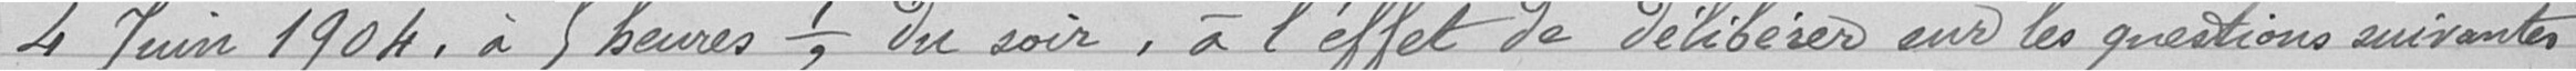
3° Demande de bourses à l'école des arts et métiers de Châlons.